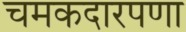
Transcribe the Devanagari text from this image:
चमकदारपणा